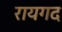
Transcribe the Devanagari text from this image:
रायगद